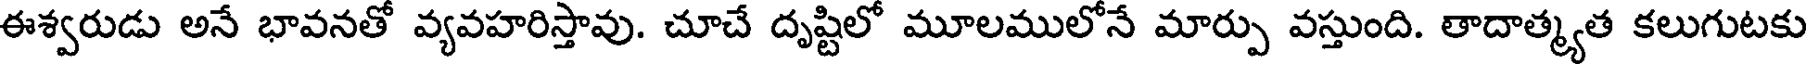
ఈశ్వరుడు అనే భావనతో వ్యవహరిస్తావు. చూచే దృష్టిలో మూలములోనే మార్పు వస్తుంది. తాదాత్మ్యత కలుగుటకు